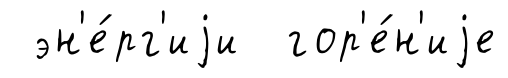
эн'е́рг'иjи гор'е́н'иjе